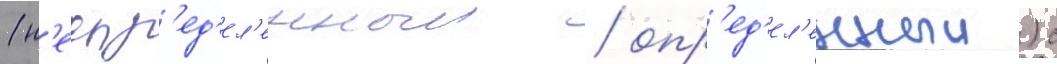
(н'еопр'ед'ел'енныи / опр'ед'ел'енныи) с